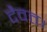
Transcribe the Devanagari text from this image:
दैवत।